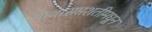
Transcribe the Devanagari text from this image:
गाथासप्तशतीमधून